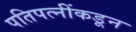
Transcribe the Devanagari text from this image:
पतिपत्नींकडून